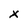
Character: x